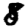
Digit: 8